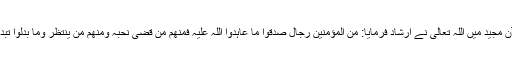
قرآن مجید میں اللہ تعالیٰ نے ارشاد فرمایا: مِنَ الْمُؤْمِنِیْنَ رِجَالٌ صَدَقُوْا مَا عَاہَدُوا اللّٰہَ عَلَیْہِ فَمِنْھُمْ مَّنْ قَضٰی نَحْبَہٗ وَمِنْھُمْ مَّنْ یَّنْتَظِرُ وَمَا بَدَّلُوْا تَبْدِیْلًا۔